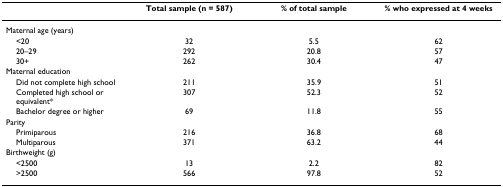
|  | Total sample (n = 587) | % of total sample | % who expressed at 4 weeks |
 | --- | --- | --- | --- |
 | Maternal age (years) |  |  |  |
 | <20 | 32 | 5.5 | 62 |
 | 20–29 | 292 | 20.8 | 57 |
 | 30+ | 262 | 30.4 | 47 |
 | Maternal education |  |  |  |
 | Did not complete high school | 211 | 35.9 | 51 |
 | Completed high school or equivalent* | 307 | 52.3 | 52 |
 | Bachelor degree or higher | 69 | 11.8 | 55 |
 | Parity |  |  |  |
 | Primiparous | 216 | 36.8 | 68 |
 | Multiparous | 371 | 63.2 | 44 |
 | Birthweight (g) |  |  |  |
 | <2500 | 13 | 2.2 | 82 |
 | >2500 | 566 | 97.8 | 52 |